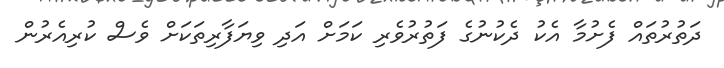
ދަތުރުތައް ފެށުމާ އެކު ދެކުނުގެ ފަތުރުވެރި ކަމަށް އަދި ވިޔަފާރިތަކަށް ވެސް ކުރިއެރުން